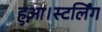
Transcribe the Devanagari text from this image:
हुआ।स्टर्लिंग